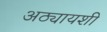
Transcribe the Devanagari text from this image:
अठ्यायशी